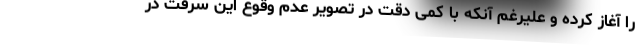
را آغاز کرده و علیرغم آنکه با کمی دقت در تصویر عدم وقوع این سرقت در